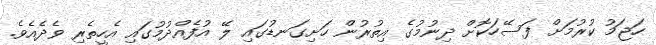
ހަޖަމު ކުރުމަށް ފަސޭހަކޮށް ދިނުމުގެ އިތުރުން ހަށިގަނޑުގައި ލޭ އުފެއްދުމުގައި އެހީތެރި ވެދެއެވެ.